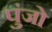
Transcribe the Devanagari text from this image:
पुंजो